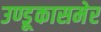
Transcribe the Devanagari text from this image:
उण्डूकासमेर